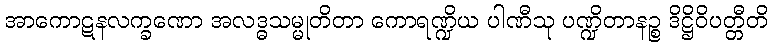
အာကောဋနလက္ခဏော အလဒ္ဓသမ္မုတိတာ ကောရဏ္ဍိယ ပါဏီသု ပဏ္ဍိတာနဉ္စ ဒိဋ္ဌိဝိပတ္တီတိ